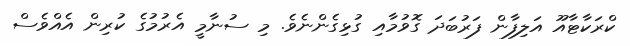
ކްރަކާޓާއޫ އަލިފާން ފަރުބަދަ ގޮވުމާއި ގުޅިގެންނެވެ. މި ސުނާމީ އެރުމުގެ ކުރިން އެއްވެސް